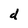
Character: d